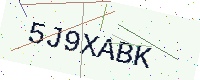
Text: 5J9XABK